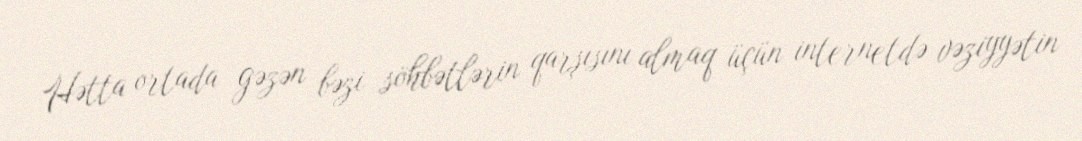
Hətta ortada gəzən bəzi söhbətlərin qarşısını almaq üçün internetdə vəziyyətin